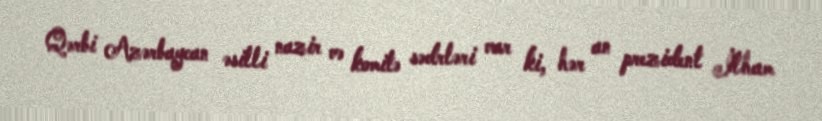
Qərbi Azərbaycan əsilli nazir və komitə sədrləri var ki, hər an prezident İlham